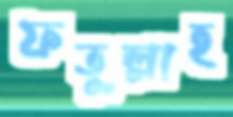
ফতুল্লাহ